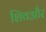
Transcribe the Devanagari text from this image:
शिवऔर